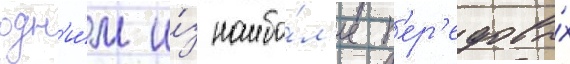
одн'и́м и́з наибо́л'ее п'ер'едовы́х